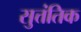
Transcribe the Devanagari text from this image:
सुत्तंतिक